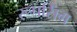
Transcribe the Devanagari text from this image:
रूपसिंग